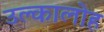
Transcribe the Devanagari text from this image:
उल्कालोह